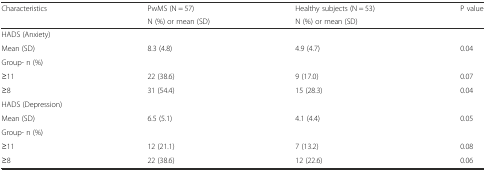
<table><thead><tr><td><b>Characteristics</b></td><td><b>PwMS (N = 57)</b></td><td><b>Healthy subjects (N = 53)</b></td><td><b>P value</b></td></tr><tr><td></td><td><b>N (%) or mean (SD)</b></td><td><b>N (%) or mean (SD)</b></td><td></td></tr></thead><tbody><tr><td>HADS (Anxiety)</td><td></td><td></td><td></td></tr><tr><td>Mean (SD)</td><td>8.3 (4.8)</td><td>4.9 (4.7)</td><td>0.04</td></tr><tr><td>Group- n (%)</td><td></td><td></td><td></td></tr><tr><td>≥11</td><td>22 (38.6)</td><td>9 (17.0)</td><td>0.07</td></tr><tr><td>≥8</td><td>31 (54.4)</td><td>15 (28.3)</td><td>0.04</td></tr><tr><td>HADS (Depression)</td><td></td><td></td><td></td></tr><tr><td>Mean (SD)</td><td>6.5 (5.1)</td><td>4.1 (4.4)</td><td>0.05</td></tr><tr><td>Group- n (%)</td><td></td><td></td><td></td></tr><tr><td>≥11</td><td>12 (21.1)</td><td>7 (13.2)</td><td>0.08</td></tr><tr><td>≥8</td><td>22 (38.6)</td><td>12 (22.6)</td><td>0.06</td></tr></tbody></table>